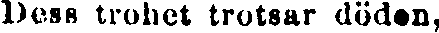
Dess trohet trotsar dödon,